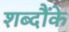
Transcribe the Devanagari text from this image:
शब्दौंके